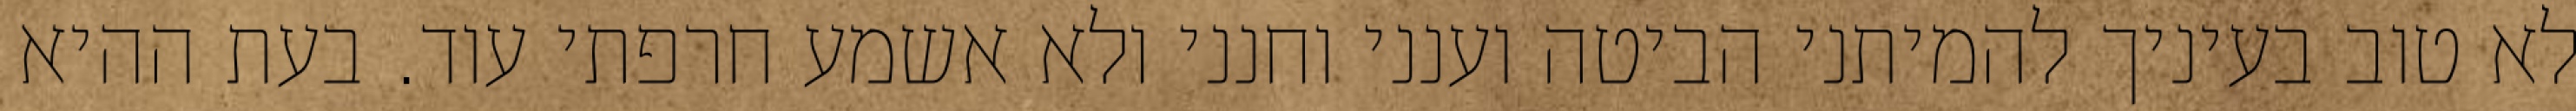
לא טוב בעיניך להמיתני הביטה וענני וחנני ולא אשמע חרפתי עוד. בעת ההיא